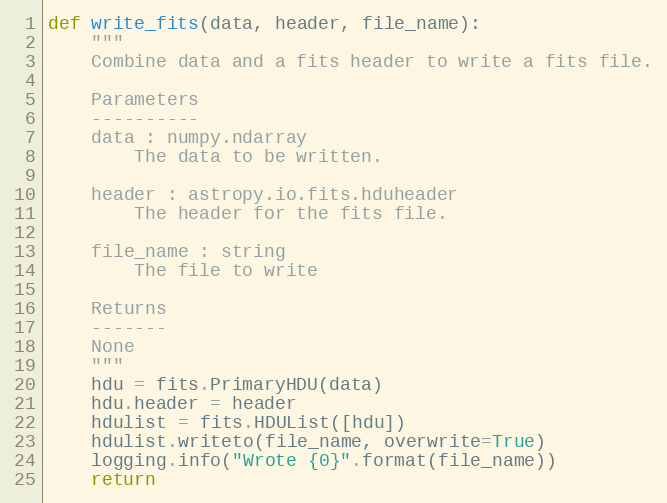
Language: Python
def write_fits(data, header, file_name):
    """
    Combine data and a fits header to write a fits file.

    Parameters
    ----------
    data : numpy.ndarray
        The data to be written.

    header : astropy.io.fits.hduheader
        The header for the fits file.

    file_name : string
        The file to write

    Returns
    -------
    None
    """
    hdu = fits.PrimaryHDU(data)
    hdu.header = header
    hdulist = fits.HDUList([hdu])
    hdulist.writeto(file_name, overwrite=True)
    logging.info("Wrote {0}".format(file_name))
    return